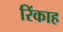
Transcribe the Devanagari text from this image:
रिंकाह